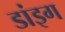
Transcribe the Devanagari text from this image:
डांइग